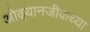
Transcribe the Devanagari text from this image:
ओढ्यानजीकच्या